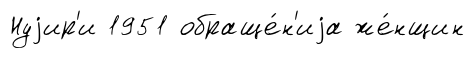
Нуjир'и 1951 обраще́н'иjа же́нщин